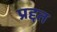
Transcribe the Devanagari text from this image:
प्रद्दत